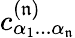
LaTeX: c_{\alpha_{1}...\alpha_{\mathfrak{n}}}^{(\mathfrak{n})}